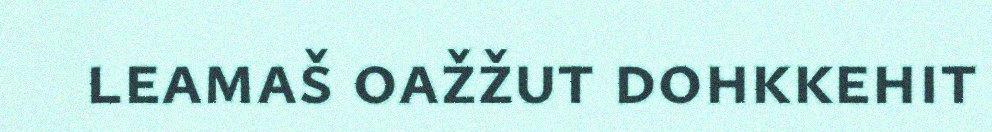
leamaš oažžut dohkkehit